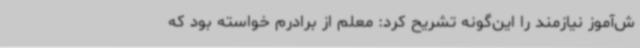
ش‌آموز نیازمند را این‌گونه تشریح کرد: معلم از برادرم خواسته بود که